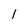
Character: 1